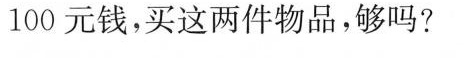
100元钱，买这两件物品，够吗?